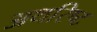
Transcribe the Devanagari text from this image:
अथरिष्ट